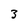
Character: 3